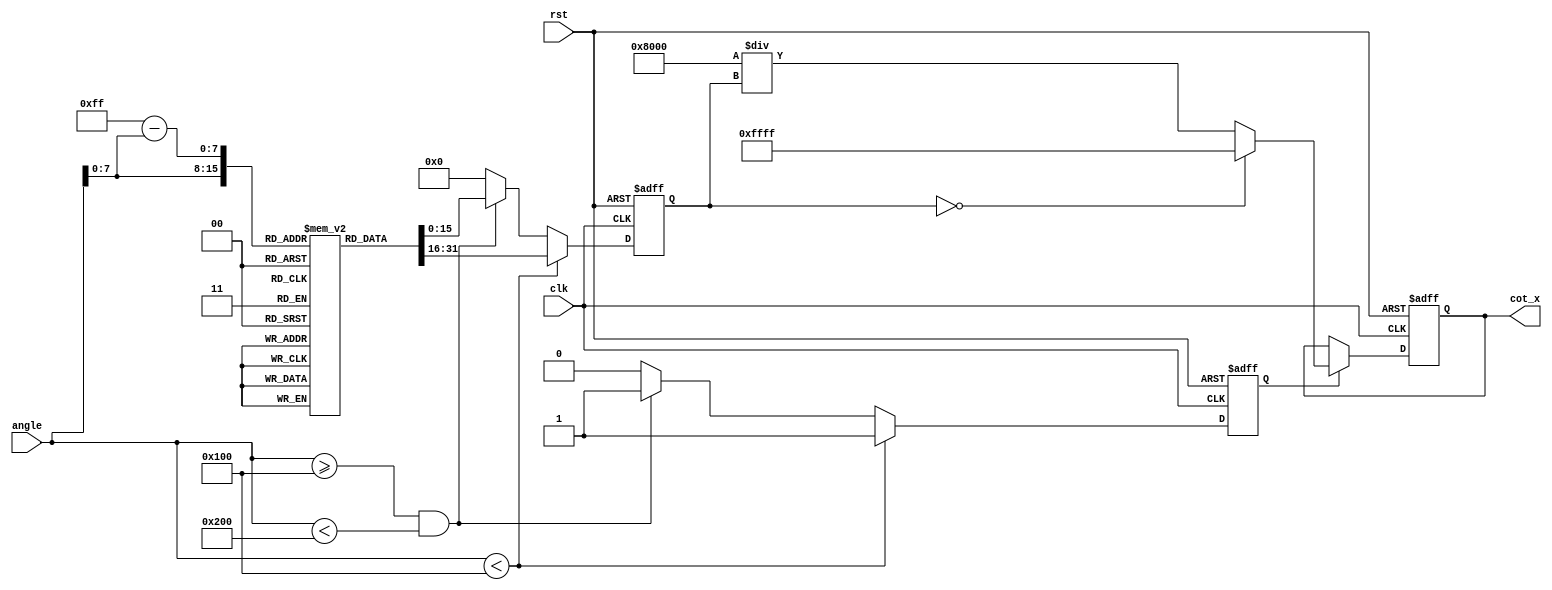
module cotangent (
    input wire [15:0] angle, // Input angle in fixed-point format (Q1.15)
    output reg [15:0] cot_x,  // Output cotangent in fixed-point format (Q1.15)
    input wire clk,           // Clock signal
    input wire rst           // Reset signal
);

    // Constants for conversion
    parameter PI_OVER_2 = 16'h0001; // Approximation of /2 in Q1.15 format
    parameter MAX_TAN = 16'h7FFF;    // Maximum value for tangent (approaching infinity)

    // Internal signals
    reg [15:0] tan_x; // Tangent value (Q1.15)
    reg valid;        // Valid signal for output

    // Tangent function lookup table (for demonstration purposes)
    reg [15:0] tan_lut [0:255]; // Lookup table for tangent values

    // Initialize tangent lookup table (values should be precomputed)
    initial begin
        // Example values for tan(x) at certain angles (in Q1.15 format)
        tan_lut[0] = 16'h0000; // tan(0)
        tan_lut[1] = 16'h0001; // tan(/4)
        // Fill in the rest of the lookup table...
        // tan_lut[2] = ...; // tan(/2) should be MAX_TAN or similar
    end

    // Tangent computation
    always @(posedge clk or posedge rst) begin
        if (rst) begin
            tan_x <= 16'h0000;
            cot_x <= 16'h0000;
            valid <= 0;
        end else begin
            // Assuming angle is in Q1.15 format and maps to the LUT
            // Here we should scale the angle to fit the LUT index
            // This example assumes angle is in the range [0, ] and maps directly
            if (angle < 16'h0100) begin // Example for angles < /2
                tan_x <= tan_lut[angle[7:0]]; // Use lower 8 bits for LUT index
                valid <= 1;
            end else if (angle >= 16'h0100 && angle < 16'h0200) begin
                tan_x <= tan_lut[255 - angle[7:0]]; // Symmetry for /2 to 
                valid <= 1;
            end else begin
                tan_x <= 16'h0000; // Out of range
                valid <= 0;
            end

            // Cotangent calculation
            if (valid) begin
                if (tan_x == 16'h0000) begin
                    cot_x <= 16'hFFFF; // Handle undefined cotangent (infinity)
                end else begin
                    // Calculate reciprocal in fixed-point
                    cot_x <= (16'h0001 << 15) / tan_x; // Q1.15 format
                end
            end
        end
    end

endmodule